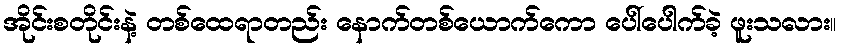
အိုင်းစတိုင်းနဲ့ တစ်ထေရာတည်း နောက်တစ်ယောက်ကော ပေါ်ပေါက်ခဲ့ ဖူးသလား။